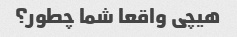
هیچی واقعا شما چطور؟